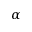
\alpha